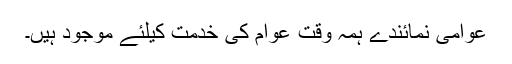
عوامی نمائندے ہمہ وقت عوام کی خدمت کیلئے موجود ہیں۔